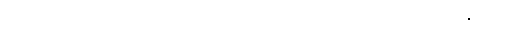
ပြိုင်ပွဲကလည်း နီးကပ်လာပြီဖြစ်လို့ ပြိုင်ဘက်အပေါ်မှာလည်း အခုအာရုံစိုက်နေပါတယ်။